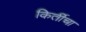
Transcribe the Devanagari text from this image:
किर्तीचा